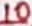
Text: 10